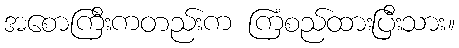
အစောကြီးကတည်းက ကြံစည်ထားပြီးသား။